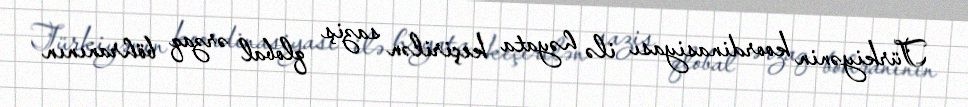
Türkiyənin koordinasiyası ilə həyata keçirilən saziş qlobal ərzaq böhranının